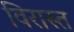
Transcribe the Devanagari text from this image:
विरास्त